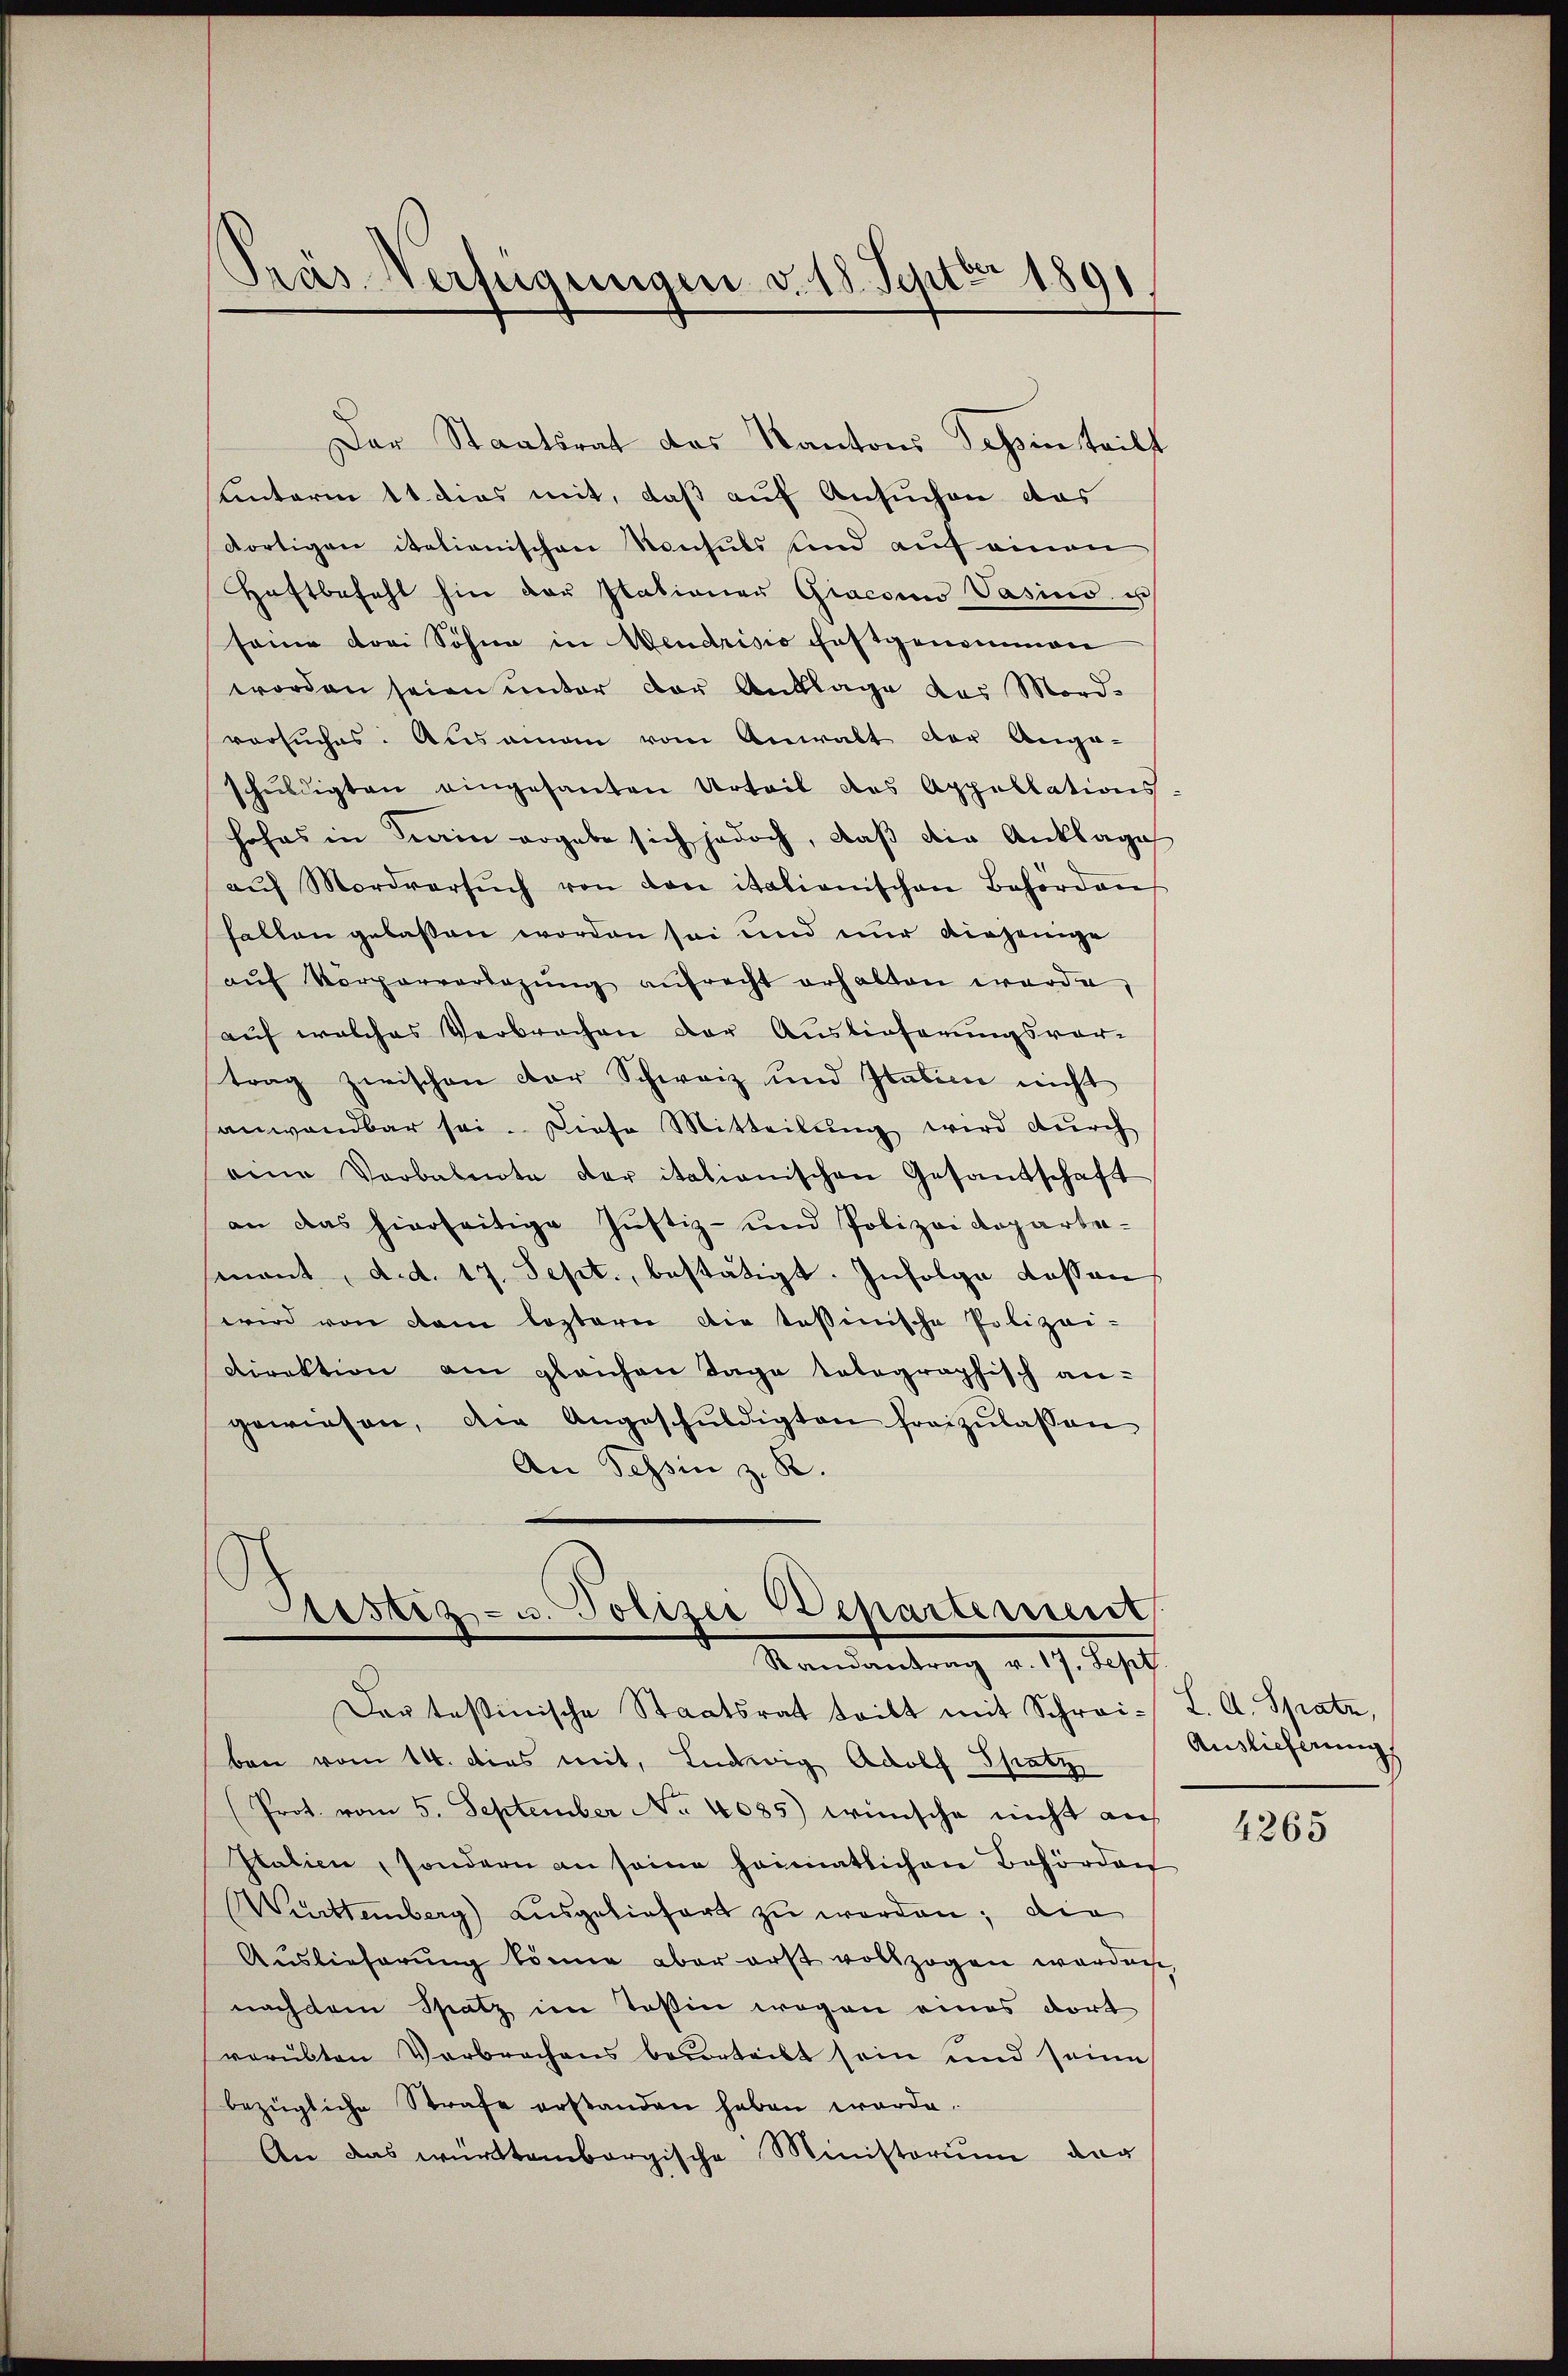
Der Staatsrat des Kantons Schinteils
unterm 11. dies mit, daß auf Ansuchen das
dortigen italienischen Konsuls und auf einen
Haftbefehl hin der Stationen Giacon Vasius u
seine drei Söhne in Neudrisio festgenommen
worden seien unter der Anklage das Mord-
versuches. Aŭsamam vom Anwalt der Ange-
schuldigten eingesanten Urteil des Appellations
hohes in ein ergabe sich jedoch, daβ die Anklage
aŭf Mordversŭch von den itationischen Behörden
fallen gelassen worden sei und nur diejenige
aŭf Vorporverlegŭng aufrecht erhalten werde,
auf welches Verbrechen der Auslieferungsvor-
trag zwischen der Schweiz und Italien nicht
anwendbar sei. Diese Mitteilung wird durch
eine Vorbalnote der italienischen Gesandschaft
an das hierseitige Justiz- und Polizei Repartesenant, d. d. 17. Sept., bestätigt. Infolge dessen
wird von dem leztern die tessinische Polizei-
Direktion am gleichen Tage talographisch an-
gewiesen, die Angeschŭldigten freizŭlassen
An Tessin z. B.

Pras Verfügungen v. 18. Septbr 1891

Erstiz- u. Polizei Departement
Mammandung v. 19. Sep

Der tessinische Staatsrat tritt mit Schrei- L. A. Spatz,
ben vom 14. dies mit, Ludwig Adolf Spatz,
(Prot. vom 5. September No 4085) wünsche nicht auf
Statien, sondern an seine heimatlichen Behörden
Württemberg) ausgeliefert zu werden; die
Auslieferung könne aber erst vollzogen werden
nach dem Spatz im Teßin wegen eines dort
verübten Verbrochens besorteilt sein und seine
bezügliche Strafe erstanden haben werde.
An das württembergische Ministorium der

Auslieferung

4265